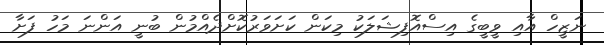
ނަޒީހް އާއި ވީބީގެ އިސްއޮފިޝަލަކު މިކަން ކަށަވަރުކޮށްދެއްމުން ބުނީ އަންނަ މަހު ފަށާ